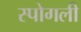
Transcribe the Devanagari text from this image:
स्पोगली